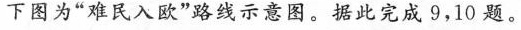
下图为”难民入欧”路线示意图。据此完成9，10题。